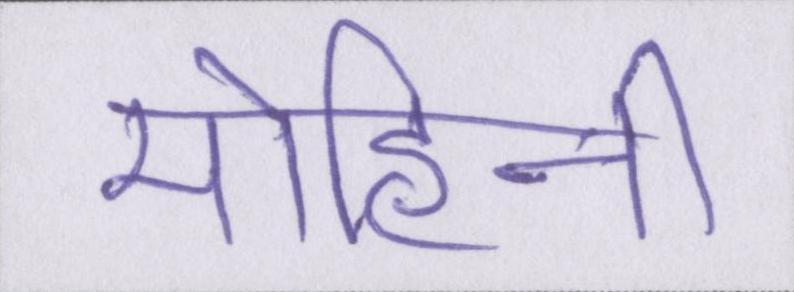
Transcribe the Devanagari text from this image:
मोहिनी